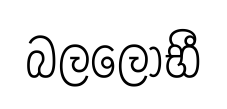
බලලෝභී